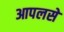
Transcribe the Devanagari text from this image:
आपलसे